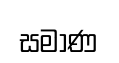
සමාණ